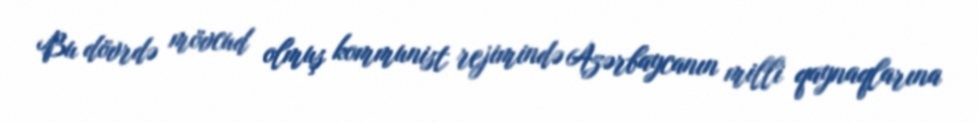
Bu dövrdə mövcud olmuş kommunist rejimində Azərbaycanın milli qaynaqlarına